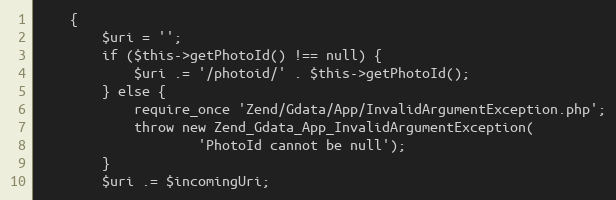
Language: PHP
    {
        $uri = '';
        if ($this->getPhotoId() !== null) {
            $uri .= '/photoid/' . $this->getPhotoId();
        } else {
            require_once 'Zend/Gdata/App/InvalidArgumentException.php';
            throw new Zend_Gdata_App_InvalidArgumentException(
                    'PhotoId cannot be null');
        }
        $uri .= $incomingUri;